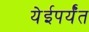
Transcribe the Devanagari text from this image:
येईपर्यँत